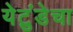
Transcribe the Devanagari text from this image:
येटुंडेचा